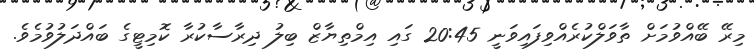
މިރޭ ބޭއްވުމަށް ތާވަލްކުރެއްވިފައިވަނީ 20:45 ގައި އިމްތިޔާޒް ބިލު ދިރާސާކުރާ ކޮމިޓީގެ ބައްދަލުވުމެވެ.